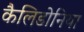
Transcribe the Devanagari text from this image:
कैलिडोनिया